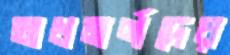
অধমর্ণদের